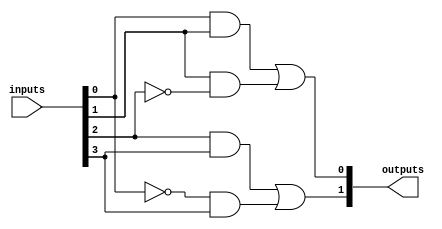
module FusedPAL (
    input wire [N-1:0] inputs, // N input lines
    output wire [M-1:0] outputs // M output lines
);
    parameter N = 4; // Number of inputs
    parameter M = 2; // Number of outputs
    parameter AND_TERMS = 4; // Number of programmable AND gates

    // Programmable AND gates
    wire [AND_TERMS-1:0] and_out; // Outputs from AND gates

    // Define the programmable AND gates
    // Each AND gate can be configured to receive any combination of inputs or their complements
    assign and_out[0] = inputs[0] & inputs[1]; // Example configuration
    assign and_out[1] = inputs[1] & ~inputs[2]; // Example configuration
    assign and_out[2] = inputs[2] & inputs[3]; // Example configuration
    assign and_out[3] = ~inputs[0] & inputs[3]; // Example configuration

    // Fixed OR gates
    // Combine the outputs of the AND gates into the final outputs
    assign outputs[0] = and_out[0] | and_out[1]; // Example OR configuration
    assign outputs[1] = and_out[2] | and_out[3]; // Example OR configuration

endmodule